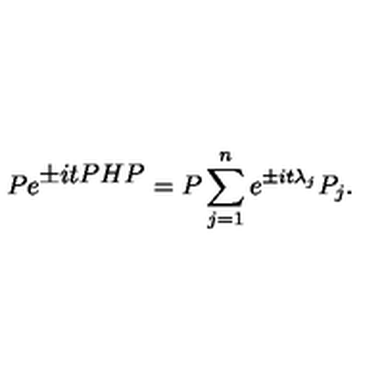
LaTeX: P e ^ { \textstyle \pm i t P H P } = P \sum _ { j = 1 } ^ { n } e ^ { \pm i t { \lambda } _ { j } } P _ { j } .